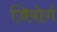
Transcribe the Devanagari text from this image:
जियोर्ग